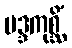
မဒ္ဒကုစ္ဆိံ